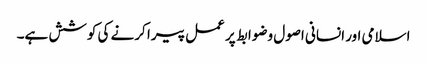
اسلامی اور انسانی اصول وضوابط پر عمل پیرا کرنے کی کوشش ہے۔